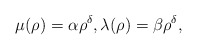
\begin{align*}\mu(\rho)=\alpha\rho^\delta,\lambda(\rho)=\beta\rho^\delta,\end{align*}